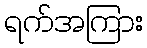
ရက်အကြား